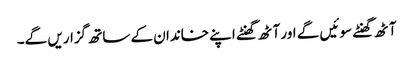
آٹھ گھنٹے سوئیں گے اور آٹھ گھنٹے اپنے خاندان کے ساتھ گزاریں گے۔